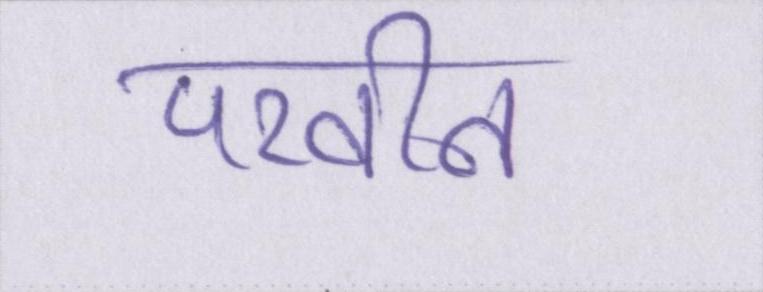
परवीन